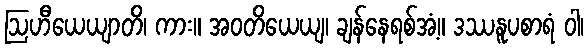
ဩဟီယေယျာတိ၊ ကား။ အဝတိယေယျ၊ ချန်နေရစ်အံ့။ ဒဿနူပစာရံ ဝါ၊